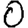
Digit: 0